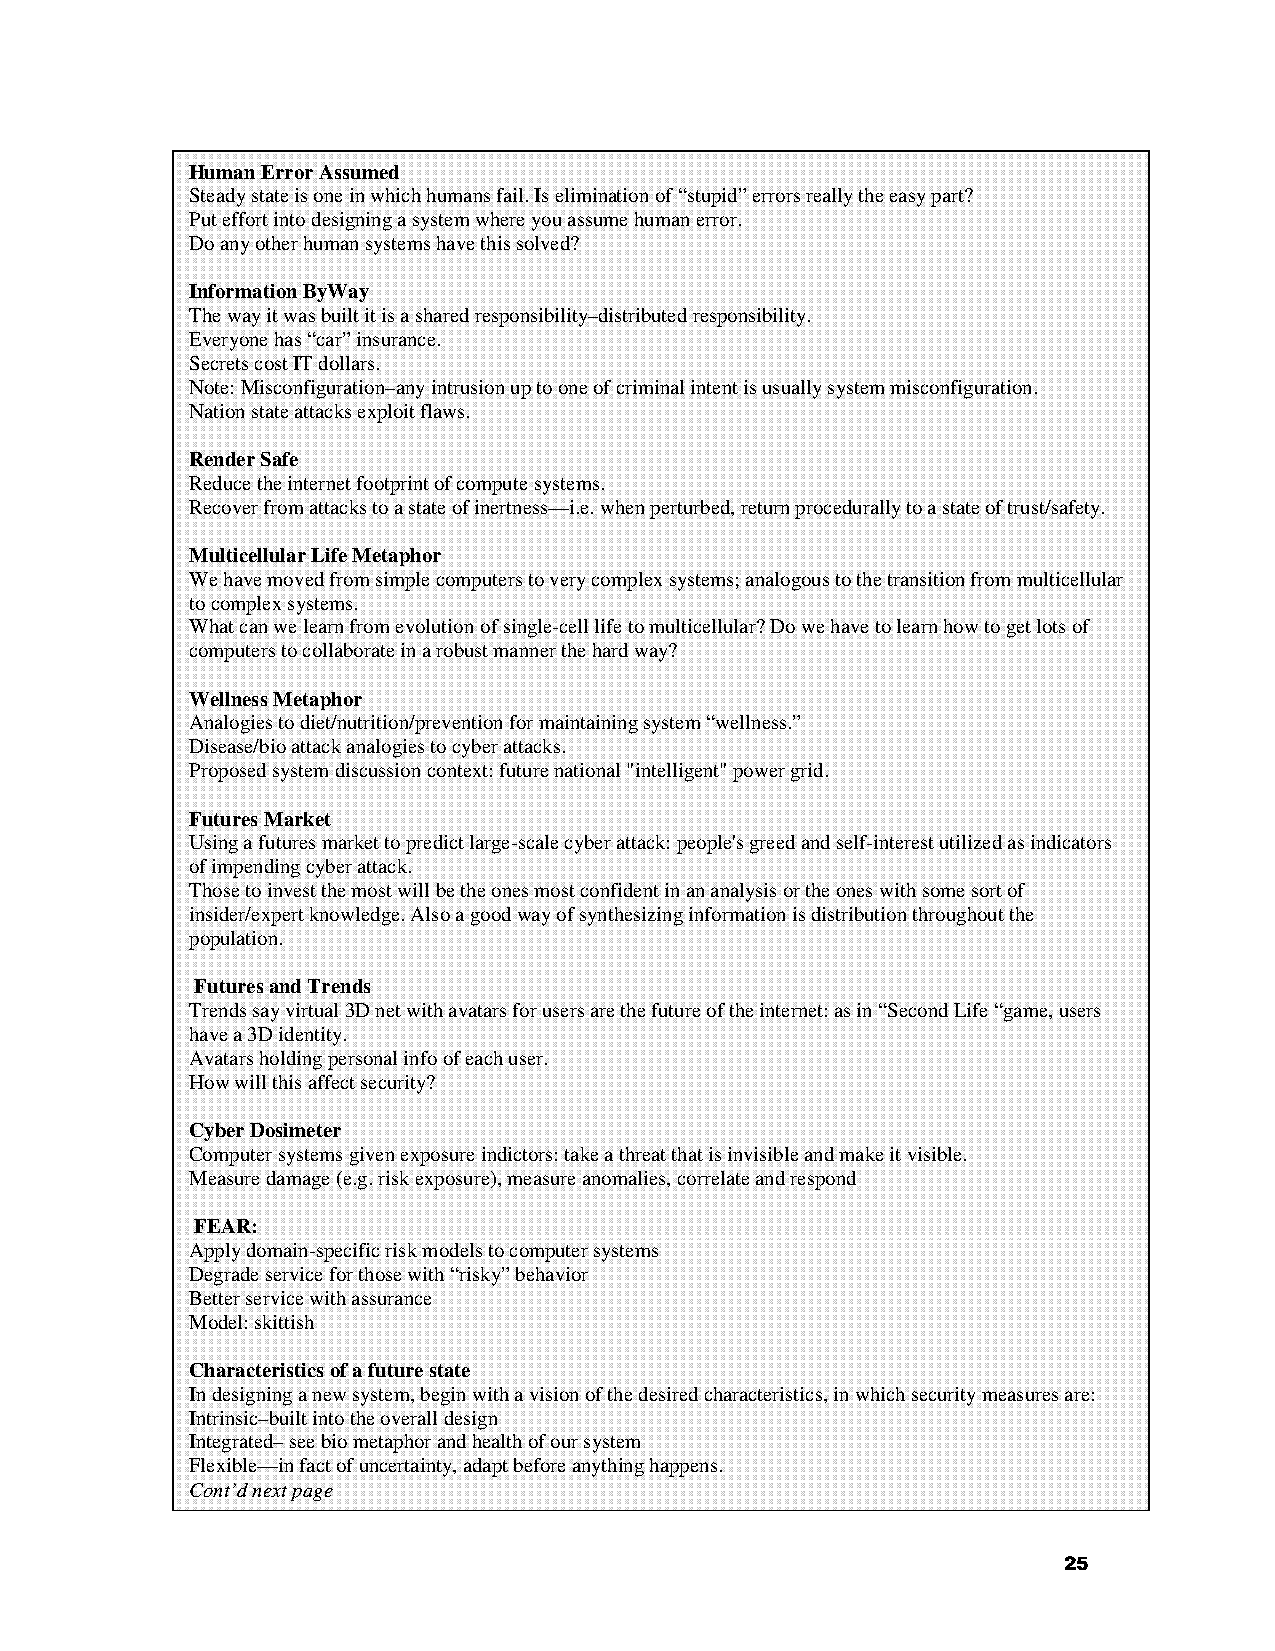
Human Error Assumed
 Steady state is one in which humans fail. Is elimination of “stupid” errors really the easy part?
 Put effort into designing a system where you assume human error.
 Do any other human systems have this solved?
 Information ByWay
 The way it was built it is a shared responsibility–distributed responsibility.
 Everyone has “car” insurance.
 Secrets cost IT dollars.
 Note: Misconfiguration–any intrusion up to one of criminal intent is usually system misconfiguration.
 Nation state attacks exploit flaws.
 Render Safe
 Reduce the internet footprint of compute systems.
 Recover from attacks to a state of inertness—i.e. when perturbed, return procedurally to a state of trust/safety.
 Multicellular Life Metaphor
 We have moved from simple computers to very complex systems; analogous to the transition from multicellular
 to complex systems.
 What can we learn from evolution of single-cell life to multicellular? Do we have to learn how to get lots of
 computers to collaborate in a robust manner the hard way?
 Wellness Metaphor
 Analogies to diet/nutrition/prevention for maintaining system “wellness.”
 Disease/bio attack analogies to cyber attacks.
 Proposed system discussion context: future national "intelligent" power grid.
 Futures Market
 Using a futures market to predict large-scale cyber attack: people's greed and self-interest utilized as indicators
 of impending cyber attack.
 Those to invest the most will be the ones most confident in an analysis or the ones with some sort of
 insider/expert knowledge. Also a good way of synthesizing information is distribution throughout the
 population.
 Futures and Trends
 Trends say virtual 3D net with avatars for users are the future of the internet: as in “Second Life “game, users
 have a 3D identity.
 Avatars holding personal info of each user.
 How will this affect security?
 Cyber Dosimeter
 Computer systems given exposure indictors: take a threat that is invisible and make it visible.
 Measure damage (e.g. risk exposure), measure anomalies, correlate and respond
 FEAR:
 Apply domain-specific risk models to computer systems
 Degrade service for those with “risky” behavior
 Better service with assurance
 Model: skittish
 Characteristics of a future state
 In designing a new system, begin with a vision of the desired characteristics, in which security measures are:
 Intrinsic–built into the overall design
 Integrated– see bio metaphor and health of our system
 Flexible—in fact of uncertainty, adapt before anything happens.
 Cont’d next page
 25